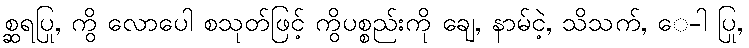
စ္ဆရပြု, ကွိ လောပေါ စသုတ်ဖြင့် ကွိပစ္စည်းကို ချေ, နာမ်ငဲ့, သိသက်, ေ-ါ ပြု,